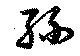
糸